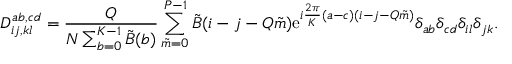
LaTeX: D _ { i j , k l } ^ { a b , c d } = { \frac { Q } { N \sum _ { b = 0 } ^ { K - 1 } \tilde { B } ( b ) } } \sum _ { \tilde { m } = 0 } ^ { P - 1 } \tilde { B } ( i - j - Q \tilde { m } ) \mathrm { e } ^ { i { \frac { 2 \pi } { K } } ( a - c ) ( i - j - Q \tilde { m } ) } \delta _ { a b } \delta _ { c d } \delta _ { i l } \delta _ { j k } .